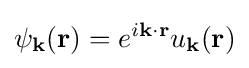
\psi _{\mathbf {k} }(\mathbf {r} )=e^{i\mathbf {k} \cdot \mathbf {r} }u_{\mathbf {k} }(\mathbf {r} )